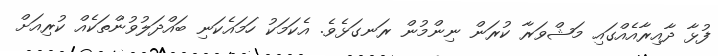
ފުޅާ ދާއިރާއެއްގައި މަޝްވަރާ ކުރަން ނިންމުން ރަނގަޅެވެ. އެކަމަކު ހަމައެކަނި ބައްދަލުވުންތަކެއް ކުރިއަށް